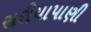
સરીયાપાણી